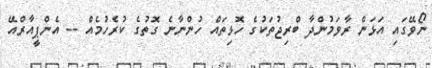
ނޯވޭގައި އަޅަން ރާވަމުންދާ ބްރިޖުތަކުގެ ހޮޅިތައް ހުންނާނެ ގޮތުގެ ކުރެހުމެއް -- އެންޕީއާރްއޭ